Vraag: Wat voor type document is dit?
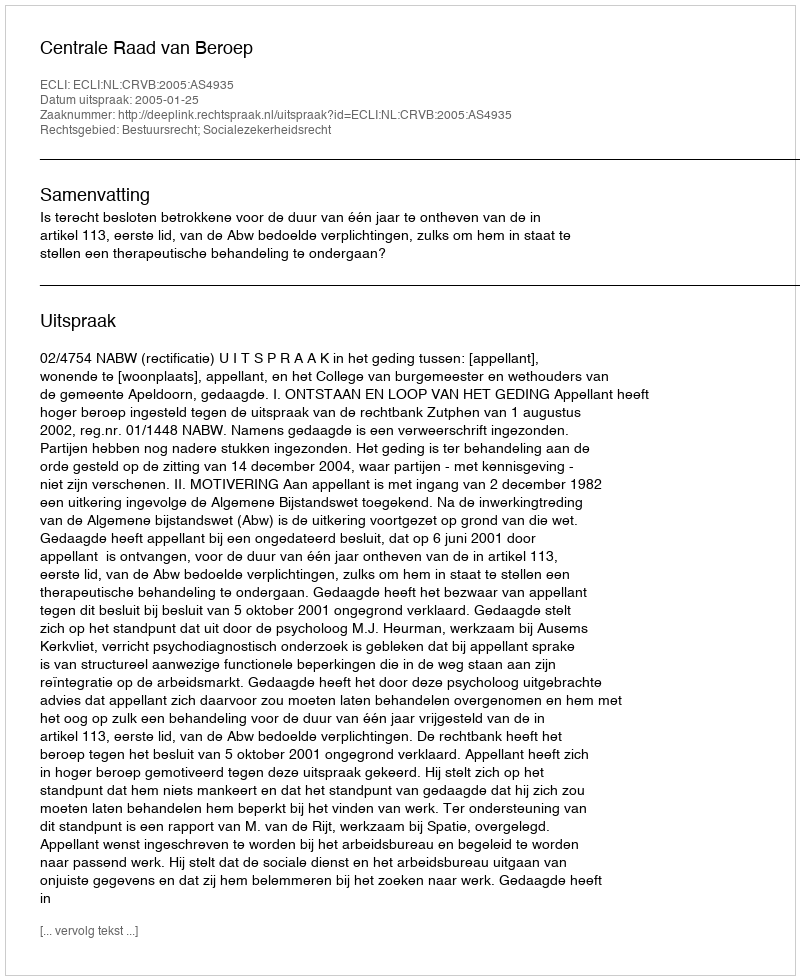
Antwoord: Uitspraak